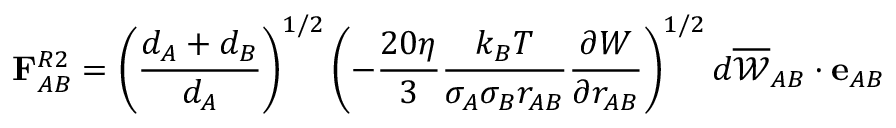
\mathbf { F } _ { A B } ^ { R 2 } = \left( \frac { d _ { A } + d _ { B } } { d _ { A } } \right) ^ { 1 / 2 } \left( - \frac { 2 0 \eta } { 3 } \frac { k _ { B } T } { \sigma _ { A } \sigma _ { B } r _ { A B } } \frac { \partial { W } } { \partial { r _ { A B } } } \right) ^ { 1 / 2 } d \overline { { \mathscr { W } } } _ { A B } \cdot \mathbf { e } _ { A B }